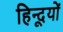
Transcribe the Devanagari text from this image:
हिन्दूयों